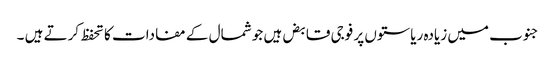
جنوب میں زیادہ ریاستوں پر فوجی قابض ہیں جو شمال کے مفادات کا تحفظ کرتے ہیں ۔